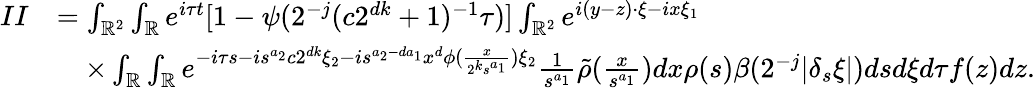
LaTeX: \begin{array}{rl}{II}&{=\int_{\mathbb{R}^{2}}\int_{\mathbb{R}}e^{i\tau t}[1-\psi(2^{-j}(c2^{dk}+1)^{-1}\tau)]\int_{\mathbb{R}^{2}}e^{i(y-z)\cdot\xi-ix\xi_{1}}}\\ &{\quad\times\int_{\mathbb{R}}\int_{\mathbb{R}}e^{-i\tau s-is^{a_{2}}c2^{dk}\xi_{2}-is^{a_{2}-da_{1}}x^{d}\phi(\frac{x}{2^{k}s^{a_{1}}})\xi_{2}}\frac{1}{s^{a_{1}}}\tilde{\rho}(\frac{x}{s^{a_{1}}})dx\rho(s)\beta(2^{-j}|\delta_{s}\xi|)dsd\xi d\tau f(z)dz.}\end{array}